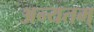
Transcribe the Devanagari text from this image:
अन्यतम्